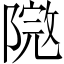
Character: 𨻮